Annual report on the Civil Veterinary Department, Burma (including the Insein Veterinary School) - 1910-1922
Year: 1910
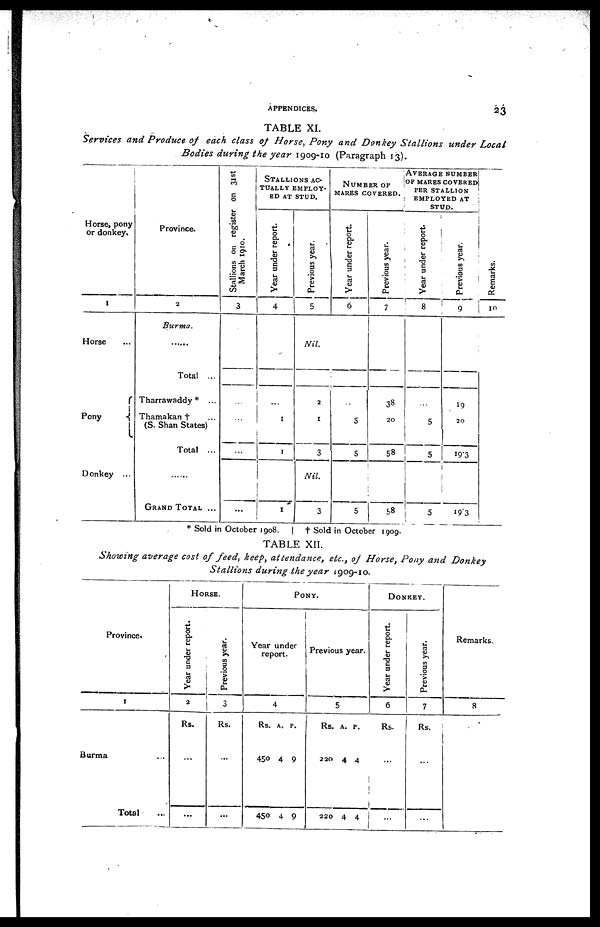
APPENDICES.
23
TABLE XI.
Services and Produce of each class of Horse, Pony and Donkey Stallions under Local
Bodies during the year 1909-10 (Paragraph 13).
Horse, pony
or donkey.
1
Horse
Pony
Donkey ...
Province.
2
Burma.
Total ...
Tharrawaddy * ...
Thamakan † ...
(S. Shah States)
Total ...
...
GRAND
TOTAL
...
Stallions on register on 31st
March 1910.
3
...
...
...
...
STALLIONS
AC-
------
EMPLOY-
ED AT STUD.
Year under report.
4
...
1
1
1
Previous year.
5
Nil.
2
1
3
Nil.
3
NUMBER OF
MARES COVERED.
Year under report.
6
...
5
5
5
Previous year.
7
38
20
58
58
AVERAGE NUMBER
OF MARES COVERED
PER STALLION
EMPLOYED AT
STUD.
Year under report.
8
...
5
5
5
Previous year.
9
19
20
19.3
I9.3
Re ma r
ks .
10
* Sold in October 1908. | † Sold in October 1909.
TABLE XII.
Showing average cost of feed, keep, attendance, etc., of Horse, Pony and Donkey
Stallions durine the year 1909-10
Province.
1
Burma ...
Total ...
HORSE.
Year under report.
2
Rs.
...
...
Previous year.
3
Rs.
...
...
PONY.
Year under
report.
4
Rs.
450
450
A.
4
4
P.
9
9
Previous year.
5
Rs.
220
220
A.
4
4
P.
4
4
DONKEY.
Year under report.
6
Rs.
...
...
Previous year.
7
Rs.
...
...
Remarks.
8